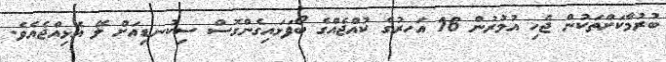
ބުރުމާކަށްތަކުން ޖެހި އުމުރުން 16 އަަހރުގެ ކުއްޖެއްގެ ބޯފަޅައިގެންގޮސް ސިކުނޑިއަށް ލޭ އެޅިއްޖެއެވެ.